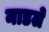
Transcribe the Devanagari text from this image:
नाडले